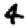
Digit: 4